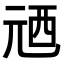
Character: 𠒓